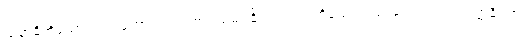
သမာဓိကိုသော်လည်းကောင်း။ ဥပစာရသမာ ဓိကဿဝါ၊ ကိုသော်လည်းကောင်း။ အသံတ္တနိ ကာ၊